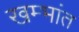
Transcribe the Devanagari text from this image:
खम्भांत